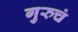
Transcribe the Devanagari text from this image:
गुरुचं